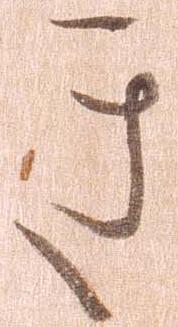
き